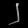
Digit: ၂